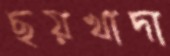
ছয়খাদা